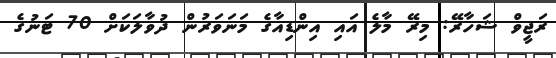
ރަޖީވް ޝަހާރޭ: މިރޭ މާލެ އައި އިންޑިއާގެ މަނަވަރުން ދުވާލަކަށް 70 ޓަނުގެ